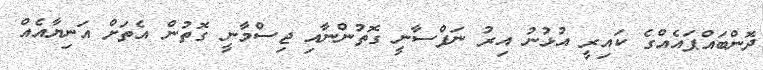
ދޮންބައްޕައެއްގެ ކައިރީ އުޅުނު އިރު ނަފްސާނީ ގޮތުންނާއި ޖިސްމާނީ ގޮތުން އެތަށް އަނިޔާއެއް